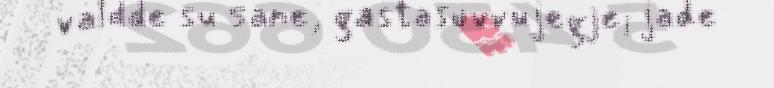
valdde su sane, gastasuvvujegje; jade